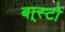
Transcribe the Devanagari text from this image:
बा्स्टो